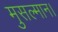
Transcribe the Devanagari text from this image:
मुसल्मान।